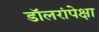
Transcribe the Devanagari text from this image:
डॉलरांपेक्षा